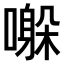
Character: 𫬀